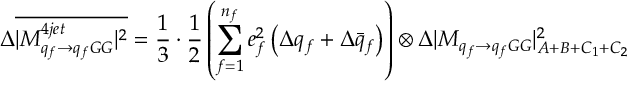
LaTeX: \Delta \overline { { { | { \cal M } _ { q _ { f } \to q _ { f } G G } ^ { 4 j e t } | ^ { 2 } } } } = \frac { 1 } { 3 } \cdot \frac { 1 } { 2 } \left( \sum _ { f = 1 } ^ { n _ { f } } e _ { f } ^ { 2 } \left( \Delta q _ { f } + \Delta \bar { q } _ { f } \right) \right) \otimes \Delta | { \cal M } _ { q _ { f } \to q _ { f } G G } | _ { A + B + C _ { 1 } + C _ { 2 } } ^ { 2 }